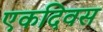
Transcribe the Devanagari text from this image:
एकदिवस